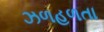
ઝળહળતા